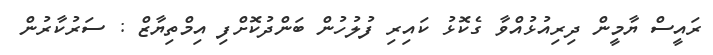
ރައީސް ޔާމީން ދިރިއުޅުއްވާ ގެކޮޅު ކައިރި ފުލުހުން ބަންދުކޮށްފި އިމްތިޔާޒް : ސަރުކާރުން